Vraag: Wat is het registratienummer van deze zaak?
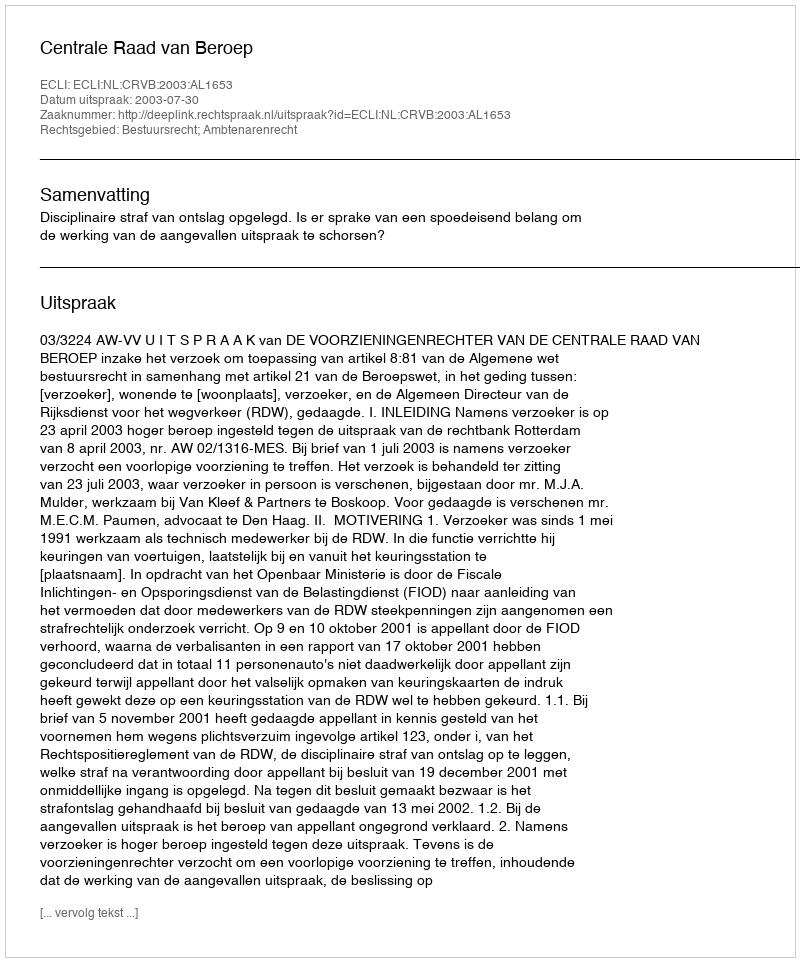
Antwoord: http://deeplink.rechtspraak.nl/uitspraak?id=ECLI:NL:CRVB:2003:AL1653